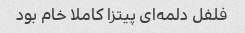
فلفل دلمه‌ای پیتزا کاملا خام بود